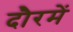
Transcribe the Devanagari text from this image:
दौरमें